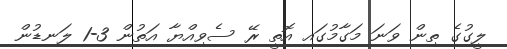
ލީގުގެ ތިން ވަނަ މަގާމުގައި އޮތީ ރޭ ސެވިއްޔާ އަތުން 3-1 ލަނޑުން